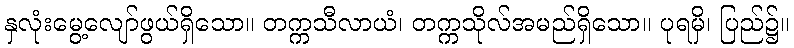
နှလုံးမွေ့လျော်ဖွယ်ရှိသော။ တက္ကသီလာယံ၊ တက္ကသိုလ်အမည်ရှိသော။ ပုရမှိ၊ ပြည်၌။